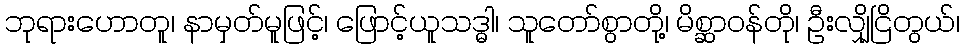
ဘုရားဟောတူ၊ နာမှတ်မူဖြင့်၊ ဖြောင့်ယူသဒ္ဓါ၊ သူတော်စွာတို့၊ မိစ္ဆာဝန်တို၊ ဦးလျှိုငြိတွယ်၊